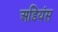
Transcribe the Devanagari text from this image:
अडियंस